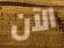
الآن